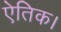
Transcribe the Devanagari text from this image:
ऐतिक।